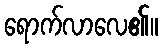
ရောက်လာလေ၏။